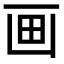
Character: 画